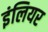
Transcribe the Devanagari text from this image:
इंलियर